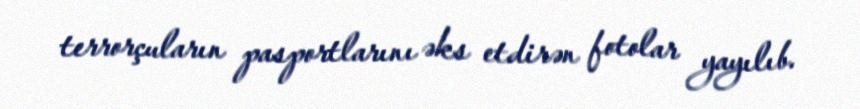
terrorçuların pasportlarını əks etdirən fotolar yayılıb.